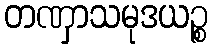
တဏှာသမုဒယဉ္စ